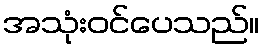
အသုံးဝင်ပေသည်။